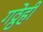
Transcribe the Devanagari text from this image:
गठ्ठेही